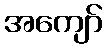
အကျော်